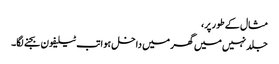
مثال کے طور پر،
جلد نہیں میں گھر میں داخل ہوا تب ٹیلیفون بجنے لگا۔